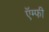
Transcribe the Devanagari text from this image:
ऍम्‍फी